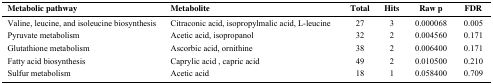
| Metabolic pathway | Metabolite | Total | Hits | Raw p | FDR |
 | --- | --- | --- | --- | --- | --- |
 | Valine, leucine, and isoleucine biosynthesis | Citraconic acid, isopropylmalic acid, L-leucine | 27 | 3 | 0.000068 | 0.005 |
 | Pyruvate metabolism | Acetic acid, isopropanol | 32 | 2 | 0.004560 | 0.171 |
 | Glutathione metabolism | Ascorbic acid, ornithine | 38 | 2 | 0.006400 | 0.171 |
 | Fatty acid biosynthesis | Caprylic acid , capric acid | 49 | 2 | 0.010500 | 0.210 |
 | Sulfur metabolism | Acetic acid | 18 | 1 | 0.058400 | 0.709 |